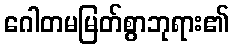
ဂေါတမမြတ်စွာဘုရား၏